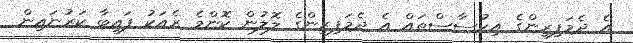
އެ ދެމަފިރިންގެ އިހުސާސްތައް އެ ދެމަފިރިންގެ ލޮލުން ކޮންމެ ރެއަކު ފައިބާ ކަރުނައިން